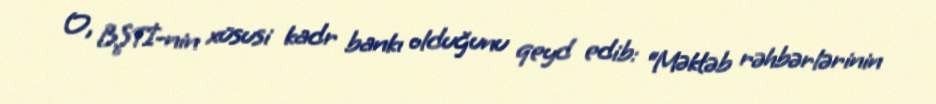
O, BŞTİ-nin xüsusi kadr bankı olduğunu qeyd edib: “Məktəb rəhbərlərinin